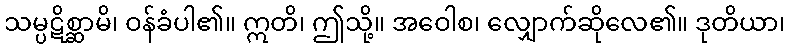
သမ္ပဋိစ္ဆာမိ၊ ဝန်ခံပါ၏။ ဣတိ၊ ဤသို့။ အဝေါစ၊ လျှောက်ဆိုလေ၏။ ဒုတိယာ၊